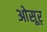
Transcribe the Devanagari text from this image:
ओसूर्